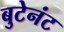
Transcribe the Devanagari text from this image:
बुटेनंट